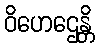
ဝိဟေဌေန္တိ